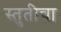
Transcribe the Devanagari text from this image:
स्तुतीचा